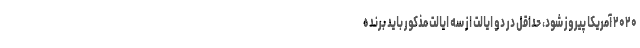
۲۰۲۰ آمریکا پیروز شود، حداقل در دو ایالت از سه ایالت مذکور باید برنده